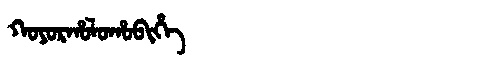
Manchu: ᡴᠣᠶᠣᡵᡥᠣᠯᠣᡥᠣᠪᡳᡥᡝ
Romanization: KOYORHOLOHOBIHE